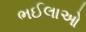
ભઈલાઓ